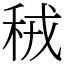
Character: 䄾